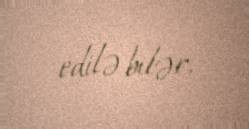
edilə bilər.